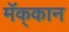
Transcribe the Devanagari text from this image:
मॅक्‌कान